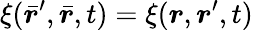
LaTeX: \xi(\bar{\boldsymbol{r}}^{\prime},\bar{\boldsymbol{r}},t)=\xi(\boldsymbol{r},\boldsymbol{r}^{\prime},t)